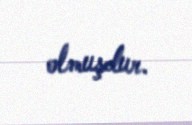
olmuşdur.